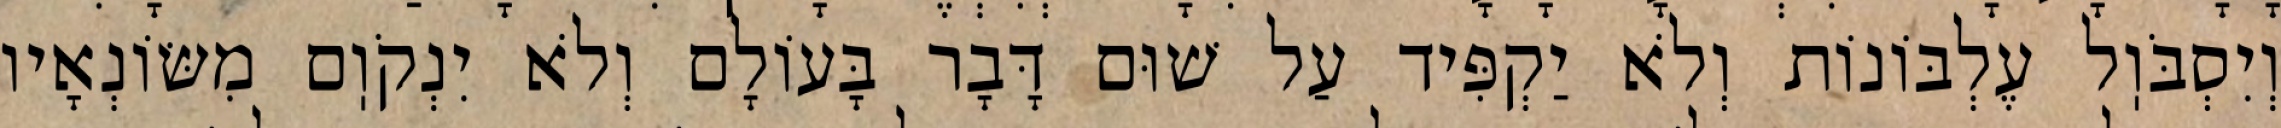
וְיִסְבֹּוֽל עֶלְבּוֹנוֹת וְלֹא יַקְפִּיד עַל שׁוּם דָּבָר בָּעוֹלָם וְלֹא יִנְקֹוֽם מִשּׂוֹנְאָיו